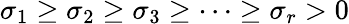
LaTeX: \sigma_{1}\geq\sigma_{2}\geq\sigma_{3}\geq\dots\geq\sigma_{r}>0